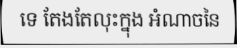
ទេ តែងតែលុះក្នុង អំណាចនៃ